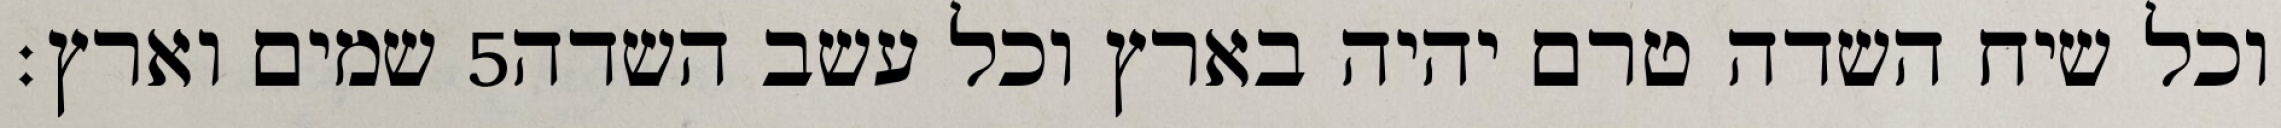
שמים וארץ׃ ‎5‏ וכל שיח השדה טרם יהיה בארץ וכל עשב השדה